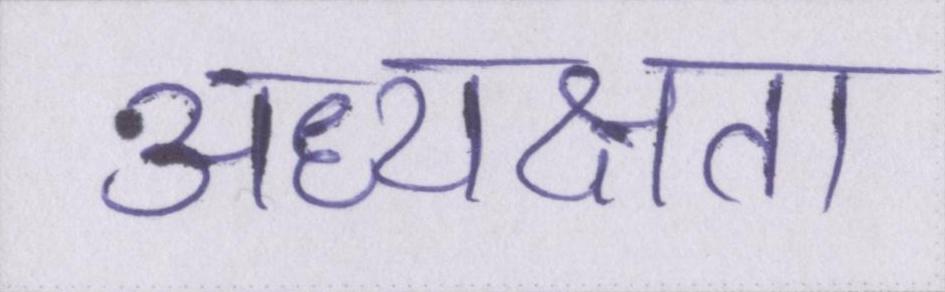
अध्यक्षता